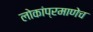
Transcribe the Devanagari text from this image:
लोकांप्रमाणेच